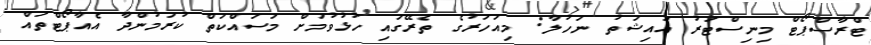
ޓްރާސްޕޯޓް މިނިސްޓަރު އައިޝަތު ނަހުލާ: މިއަހަރުގެ ތެރޭގައި ހުޅުވުމަށް މަސައްކަތް ކުރަމުންދާ އެއާޕޯޓްތައް